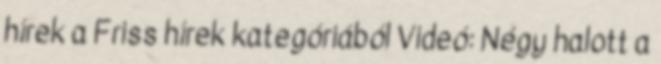
hírek a Friss hírek kategóriából Videó: Négy halott a